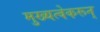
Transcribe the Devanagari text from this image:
मुख्यत्वेकरून्